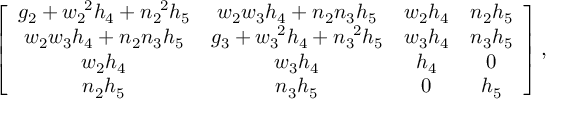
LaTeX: \left[ \begin{array} { c c c c } { { g _ { 2 } + w _ { 2 } ^ { \ 2 } h _ { 4 } + n _ { 2 } ^ { \ 2 } h _ { 5 } } } & { { w _ { 2 } w _ { 3 } h _ { 4 } + n _ { 2 } n _ { 3 } h _ { 5 } } } & { { w _ { 2 } h _ { 4 } } } & { { n _ { 2 } h _ { 5 } } } \\ { { w _ { 2 } w _ { 3 } h _ { 4 } + n _ { 2 } n _ { 3 } h _ { 5 } } } & { { g _ { 3 } + w _ { 3 } ^ { \ 2 } h _ { 4 } + n _ { 3 } ^ { \ 2 } h _ { 5 } } } & { { w _ { 3 } h _ { 4 } } } & { { n _ { 3 } h _ { 5 } } } \\ { { w _ { 2 } h _ { 4 } } } & { { w _ { 3 } h _ { 4 } } } & { { h _ { 4 } } } & { { 0 } } \\ { { n _ { 2 } h _ { 5 } } } & { { n _ { 3 } h _ { 5 } } } & { { 0 } } & { { h _ { 5 } } } \end{array} \right] ,